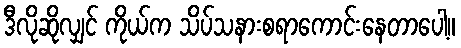
ဒီလိုဆိုလျှင် ကိုယ်က သိပ်သနားစရာကောင်းနေတာပေါ့။